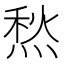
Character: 𤋦